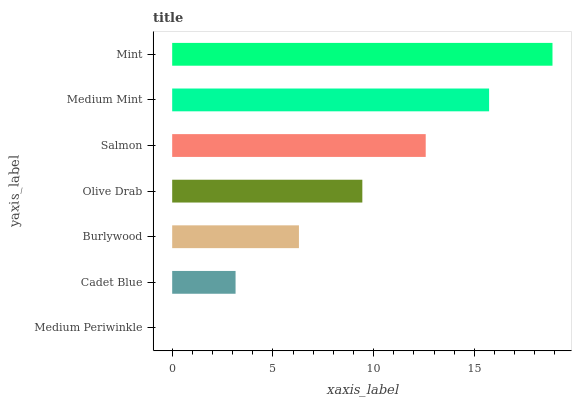
| yaxis_label | bars |
 | --- | --- |
 | Medium Periwinkle | 0 |
 | Cadet Blue | 3.15 |
 | Burlywood | 6.29 |
 | Olive Drab | 9.44 |
 | Salmon | 12.6 |
 | Medium Mint | 15.7 |
 | Mint | 18.9 |